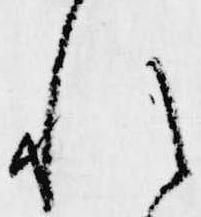
れ